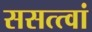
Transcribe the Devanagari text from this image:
ससत्त्वां